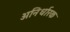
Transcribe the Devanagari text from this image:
अनिर्धारक